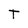
Character: T